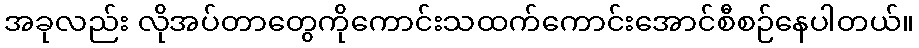
အခုလည်း လိုအပ်တာတွေကိုကောင်းသထက်ကောင်းအောင်စီစဉ်နေပါတယ်။